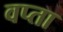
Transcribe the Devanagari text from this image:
वप्ता